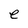
Character: e